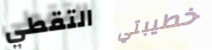
التقطي خطيبتي